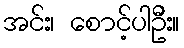
အင်း၊ စောင့်ပါဦး။